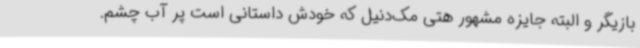
بازیگر و البته جایزه مشهور هتی مک‌دنیل که خودش داستانی است پر آب چشم.